Report on vaccination in Madras 1877-1894 - 1877-1894
Year: 1877
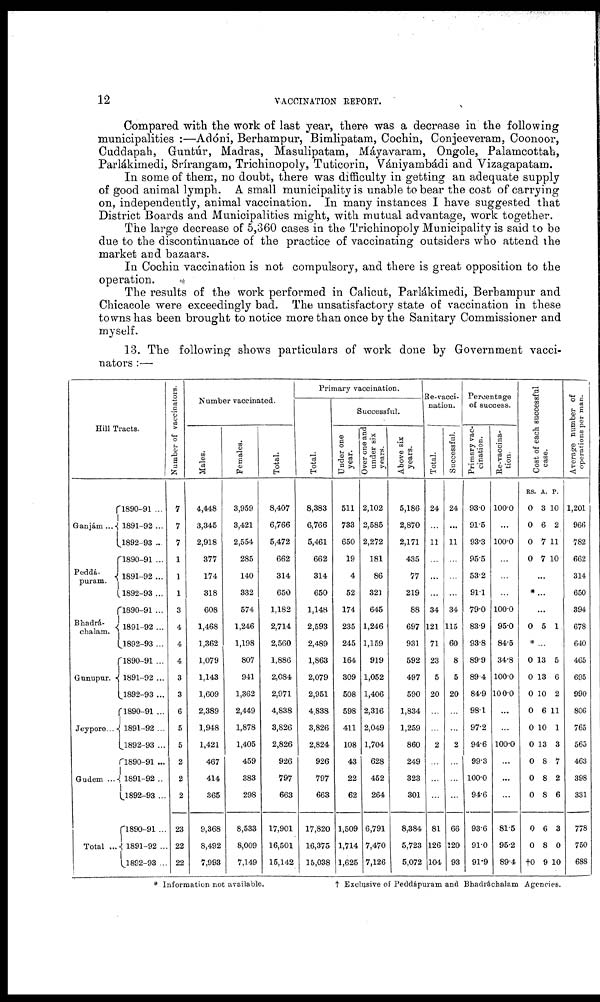
12
VACCINATION REPORT.
Compared with the work of last year, there was a decrease in the following
municipalities :—Adóni, Berhampur, Bimlipatam, Cochin, Conjeeveram, Coonoor,
Cuddapah, Gurtúr, Madras, Masulipatam, Máyavaram, Ongole, Palamcottah,
Parlákimedi, Srírangam, Trichinopoly, Tuticorin, Vániyambádi and Vizagapatam.
In some of them, no doubt, there was difficulty in getting an adequate supply
of good animal lymph. A small municipality is unable to bear the cost of carrying
on, independently, animal vaccination. In many instances I have suggested that
District Boards and Municipalities might, with mutual advantage, work together.
The large decrease of 5,360 cases in the Trichinopoly Municipality is said to be
due to the discontinuance of the practice of vaccinating outsiders who attend the
market and bazaars.
In Cochin vaccination is not compulsory, and there is great opposition to the
operation.
The results of the work performed in Calicut, Parlákimedi, Berhampur and
Chicacole were exceedingly bad. The unsatisfactory state of vaccination in these
towns has been brought to notice more than once by the Sanitary Commissioner and
myself.
13. The following shows particulars of work done by Government vacci-
nators :—
Hill Tracts.
Ganjám ...
Peddá-
puram.
Bhadrá-
chalam.
Gunupur.
Jeypore...
Gudem ...
Total ...
1890-91 ...
1891-92 ...
1892-93 ...
1890-91 ...
1891-92 ...
1892-93...
1890-91 ...
1891-92 ...
1892-93 ...
1890-91 ...
1891-92 ...
1892-93 ...
1890-91 ...
1891-92 ...
1892-93 ...
1890-91 ...
1891-92 ...
1892-93 ...
1890-91 ...
1891-92 ...
1892-93 ...
Number of vaccinators.
7
7
7
1
1
1
3
4
4
4
3
3
6
5
5
2
2
2
23
22
22
Number vaccinated.
Males.
4,448
3,345
2,918
377
174
318
608
1,468
1,362
1,079
1,143
1,609
2,389
1,948
1,421
467
414
365
9,368
8,492
7,993
Females.
3,959
3,421
2,554
285
140
332
574
1,246
1,198
807
941
1,362
2,449
1,878
1,405
459
383
298
8,533
8,009
7,149
Total.
8,407
6,766
5,472
662
314
650
1,182
2,714
2,560
1,886
2,084
2,971
4,838
3,826
2,826
926
797
663
17,901
16,501
15,142
Primary vaccination.
Total.
8,383
6,766
5,461
662
314
650
1,148
2,593
2,489
1,863
2,079
2,951
4,838
3,826
2,824
926
797
663
17,820
16,375
15,038
Successful.
Under one
year.
511
733
650
19
4
52
174
235
245
164
309
508
598
411
108
43
22
62
1,509
1,714
1,625
Over one and
under six
years.
2,102
2,585
2,272
181
86
321
645
1,246
1,159
919
1,052
1,406
2,316
2,049
1,704
628
452
264
6,791
7,470
7,126
Above six
years.
5,186
2,870
2,171
435
77
219
88
697
931
592
497
590
1,834
1,259
860
249
323
301
8,384
5,723
5,072
Re-vacci-
nation.
Total.
24
...
11
...
...
...
34
121
71
23
5
20
...
...
2
...
...
...
81
126
104
Successful.
24
...
11
...
...
...
34
115
60
8
5
20
...
...
2
...
...
...
66
120
93
Percentage
of success.
Primary vac-
cination.
93.0
91.5
93.3
95.5
53.2
91.1
79.0
83.9
93.8
89.9
89.4
84.9
98.1
97.2
94.6
99.3
100.0
94.6
93.6
91.0
91.9
Re-vaccina-
tion.
100.0
...
100.0
...
...
...
100.0
95.0
84.5
34.8
100.0
100.0
...
...
100.0
...
...
...
81.5
95.2
89.4
Cost of each successful
case.
RS.
0
0
0
0
A.
3
6
7
7
P.
10
2
11
10
...
* ...
...
0 5 1
* ...
0
0
0
0
0
0
0
0
0
0
0
†0
13
13
10
6
10
13
8
8
8
6
8
9
5
6
2
11
1
3
7
2
6
3
0
10
Average number of
operations per man.
1,201
966
782
662
314
650
394
678
640
465
695
990
806
765
565
463
398
331
778
750
688
* Information not available.
† Exclusive of Peddápuram and Bhadráchalam Agencies.